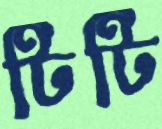
টিটি